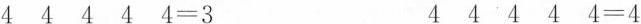
$$4 4 4 4 4 = 3$$ $$4 4 4 4 4 = 4$$